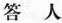
答 人